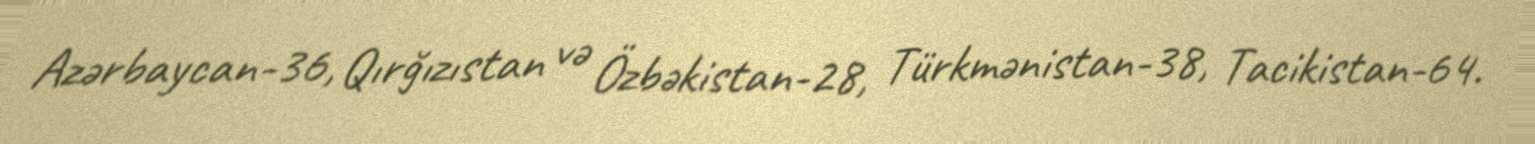
Azərbaycan-36, Qırğızıstan və Özbəkistan-28, Türkmənistan-38, Tacikistan-64.